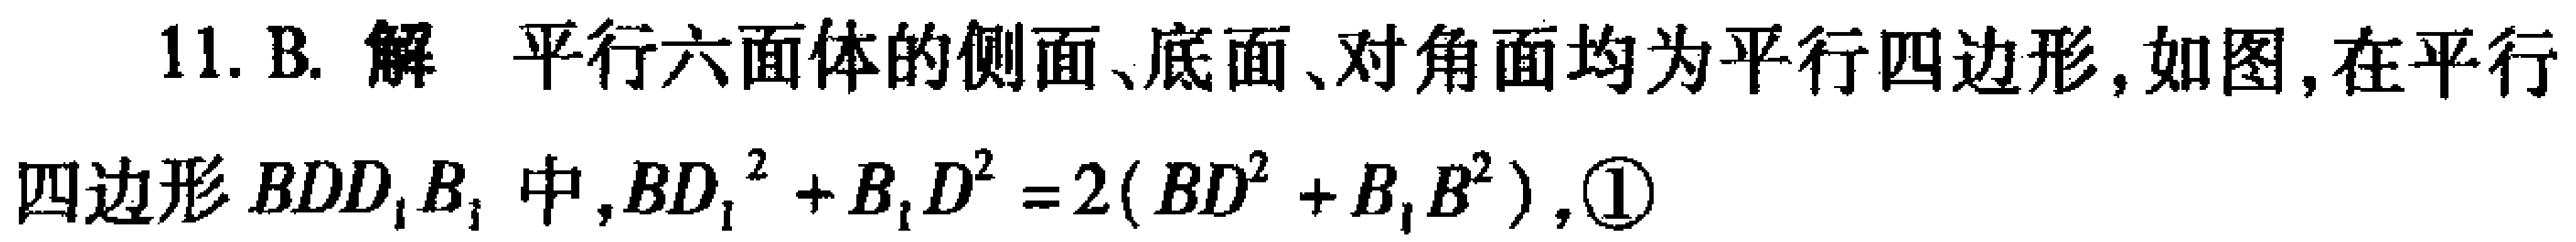
11. B. 解 平行六面体的侧面、底面、对角面均为平行四边形, 如图, 在平行
四边形 \(BDD_{1}B_{1}\) 中, \(BD_{1}^{2}+B_{1}D^{2}=2(BD^{2}+B_{1}B^{2})\), \textcircled{1}